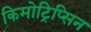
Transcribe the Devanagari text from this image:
किमोट्रिप्सिन